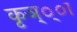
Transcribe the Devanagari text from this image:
कृञ््‌ा